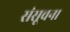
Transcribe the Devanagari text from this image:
संसूचना